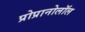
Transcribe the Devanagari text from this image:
प्रोप्रानोलॉल